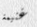
غنيمة